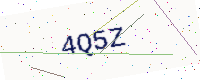
Text: 4Q5Z